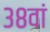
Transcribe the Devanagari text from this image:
३८वां